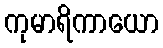
ကုမာရိကာယော